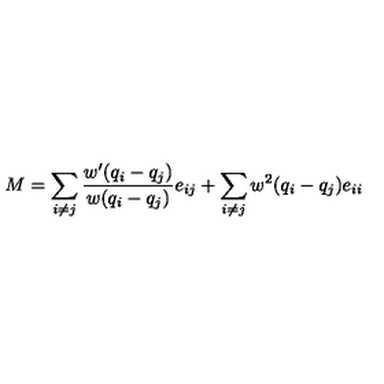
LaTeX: M = \sum _ { i \neq j } \frac { w ^ { \prime } ( q _ { i } - q _ { j } ) } { w ( q _ { i } - q _ { j } ) } e _ { i j } + \sum _ { i \neq j } w ^ { 2 } ( q _ { i } - q _ { j } ) e _ { i i }